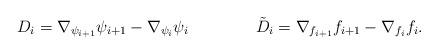
LaTeX: \begin{align*} D_i &= \nabla_{\psi_{i+1}} \psi_{i+1} - \nabla_{\psi_i}\psi_i & \tilde{D}_i &= \nabla_{f_{i+1}} f_{i+1} - \nabla_{f_i}f_i.\end{align*}